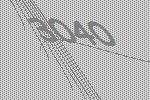
3040